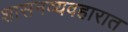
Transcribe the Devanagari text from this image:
शासनव्यवहारात